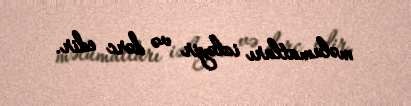
məlumatları izləyir və dərc edir.